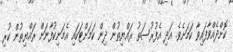
ކޮށްދެއްވާފައިވާ ކަމަށެވެ. އަދި އެފުރުސަތު ރައްޔިތުން ދިން ކަމަށްޓަކައި އެމަނިކުފާނަށް ރައްޔިތުން ކުރި